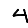
Digit: 4